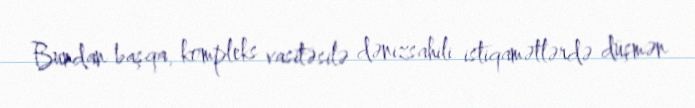
Bundan başqa, kompleks vasitəsilə dənizsahili istiqamətlərdə düşmən